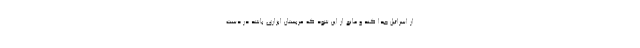
از اسرائیل جدا کند و مانع از این شود که عربستان ابزاری باشد در دست